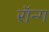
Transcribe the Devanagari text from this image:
रॉन्ग